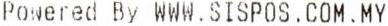
POWERED BY WWW.SISPOS.COM.MY